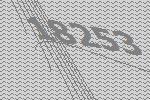
18253